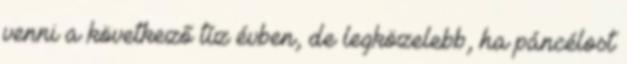
venni a következő tíz évben, de legközelebb, ha páncélost